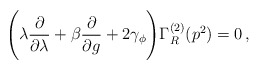
\begin{align*}\Bigg( {{\lambda}} \frac{\partial}{\partial {{\lambda}}} + \beta \frac{\partial}{\partial g} + 2 \gamma_\phi \Bigg)\Gamma^{(2)}_R (p^2) = 0 \, ,\end{align*}